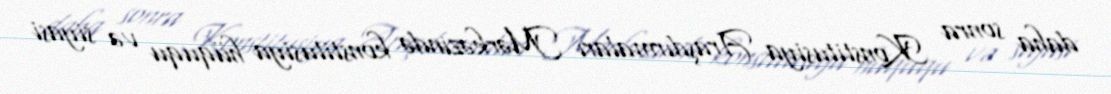
daha sonra Konstitusiya Araşdırmaları Mərkəzində konstitusiya hüququ və siyasi